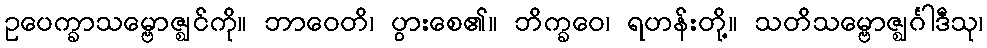
ဥပေက္ခာသမ္ဗောဇ္ဈင်ကို။ ဘာဝေတိ၊ ပွားစေ၏။ ဘိက္ခဝေ၊ ရဟန်းတို့။ သတိသမ္ဗောဇ္ဈင်္ဂါဒီသု၊